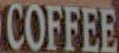
COFFEE